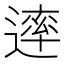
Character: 䢦